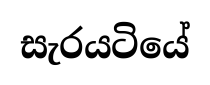
සැරයටියේ